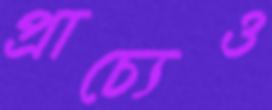
প্রাচ্যেও